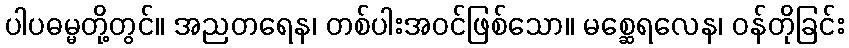
ပါပဓမ္မတို့တွင်။ အညတရေန၊ တစ်ပါးအဝင်ဖြစ်သော။ မစ္ဆေရလေန၊ ဝန်တိုခြင်း